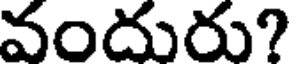
వందురు?